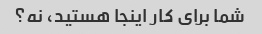
شما برای کار اینجا هستید، نه؟